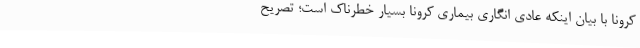
کرونا با بیان اینکه عادی انگاری بیماری کرونا بسیار خطرناک است؛ تصریح